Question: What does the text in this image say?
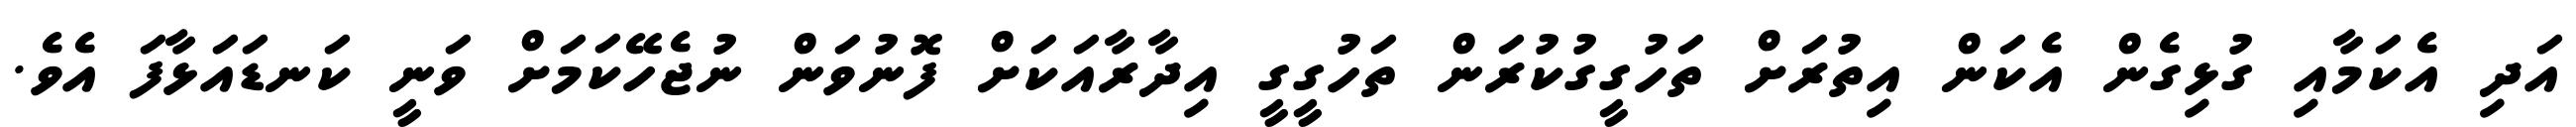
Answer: އަދި އެކަމާއި ގުޅިގެން އެކަން އިތުރަށް ތަހުގީގުކުރަން ތަހުގީގީ އިދާރާއަކަށް ފޮނުވަން ނުޖެހޭކަމަށް ވަނީ ކަނޑައަޅާފަ އެވެ.